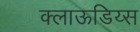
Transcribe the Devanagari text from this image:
क्लाऊडिय्स